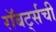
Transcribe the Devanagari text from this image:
रॉबर्ट्सची